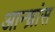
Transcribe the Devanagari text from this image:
आन्ध्रांस